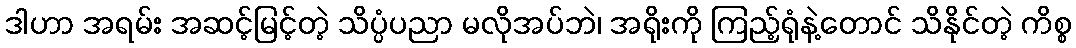
ဒါဟာ အရမ်း အဆင့်မြင့်တဲ့ သိပ္ပံပညာ မလိုအပ်ဘဲ၊ အရိုးကို ကြည့်ရုံနဲ့တောင် သိနိုင်တဲ့ ကိစ္စ